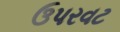
ઉપરવટ